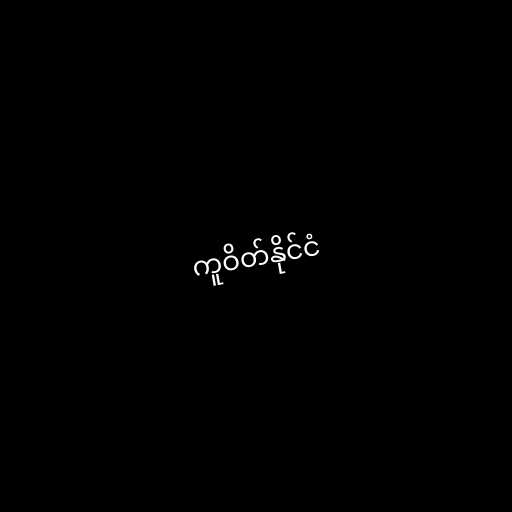
ကူဝိတ်နိုင်ငံ